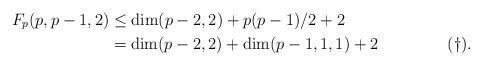
LaTeX: \begin{align*} F_p(p,p-1,2)&\leq\dim(p-2,2)+p(p-1)/2+2\cr &=\dim(p-2,2)+\dim(p-1,1,1)+2 {\hskip 50pt (\dagger)}. \end{align*}